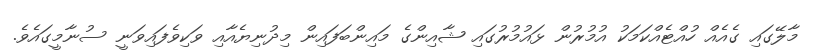
މާލޭގައި ގެއެއް ހުއްޓެއްކަމަކު އުމުރުން ޅައުމުރުގައި ޝާއިންގެ މައިންބަފައިން މިދުނިޔެއާއި ވަކިވެފައިވަނީ ސުނާމީގައެވެ.